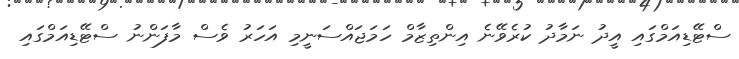
ސްޓޭޑިއަމްގައި އީދު ނަމާދު ކުރެވޭނެ އިންތިޒާމް ހަމަޖައްސަނީމި އަހަރު ވެސް މާފަންނު ސްޓޭޑިއަމްގައި